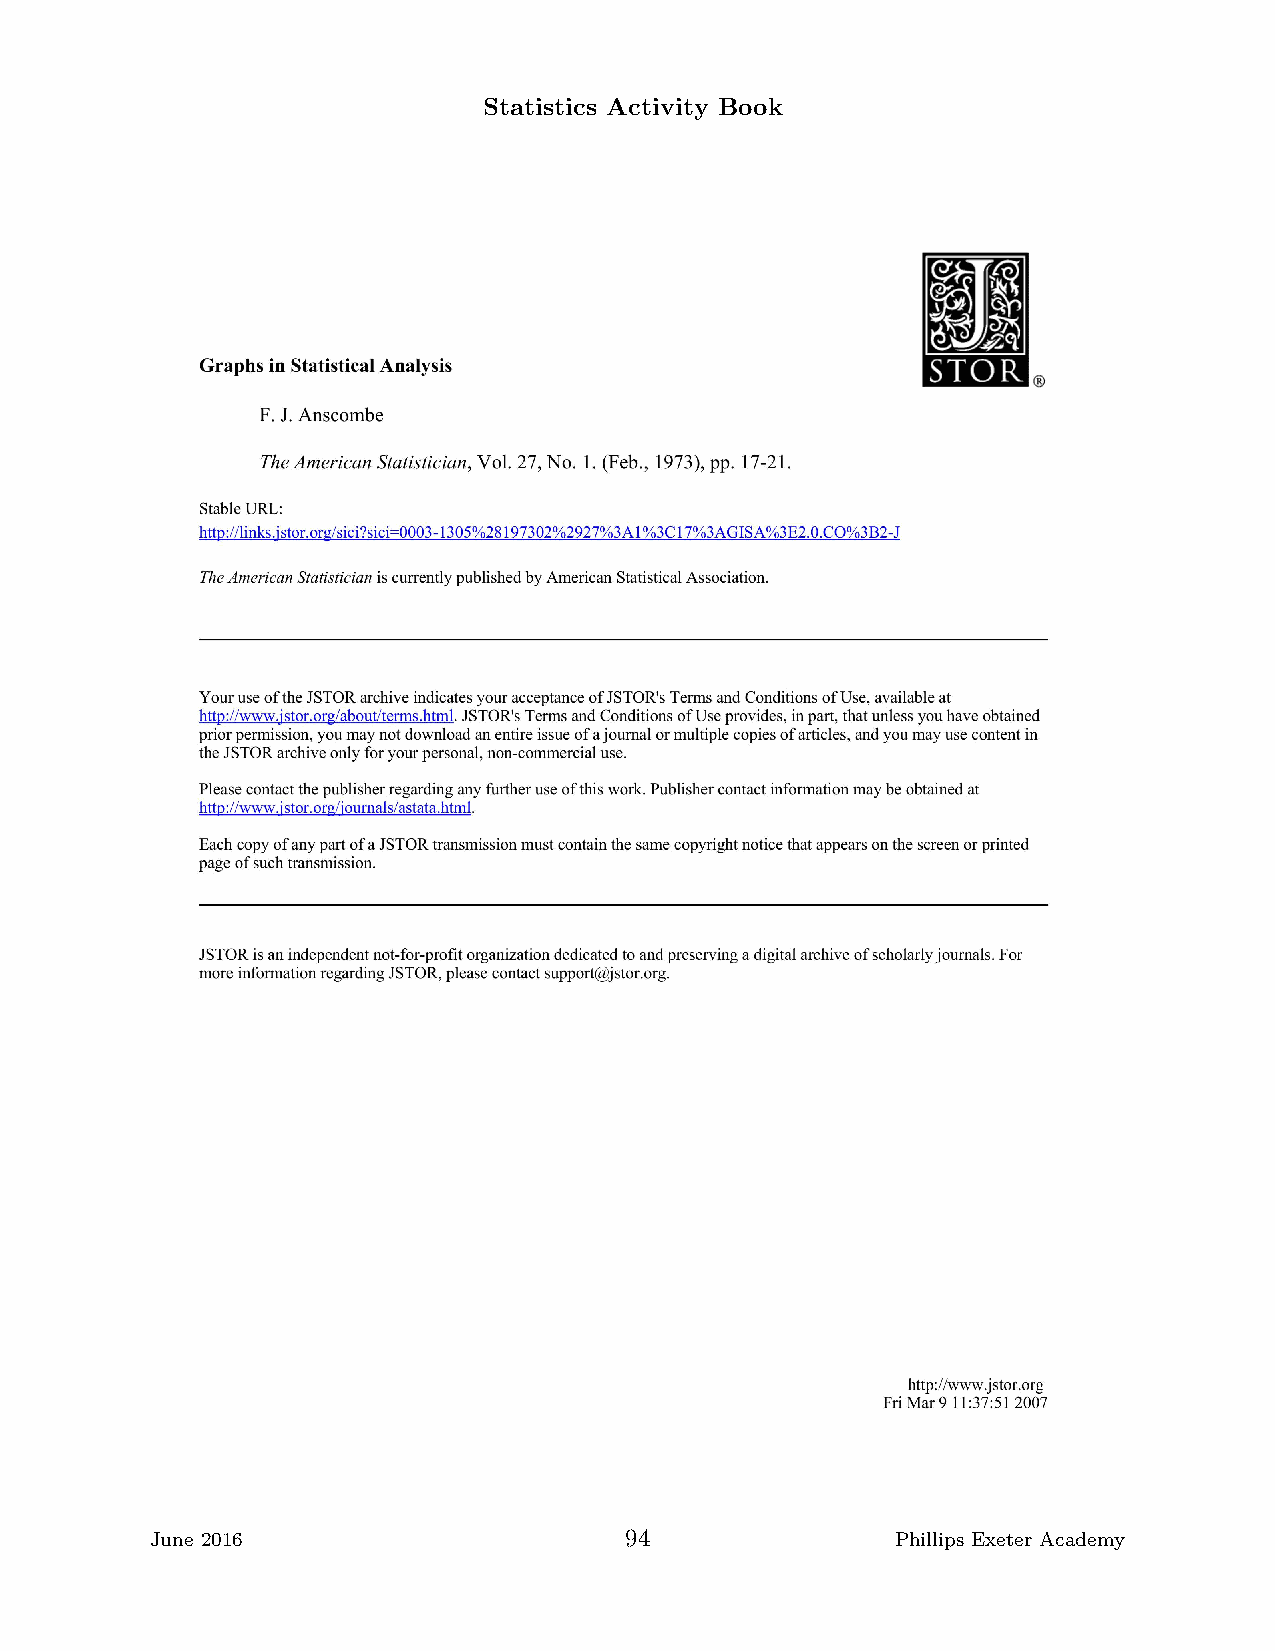
Statistics Activity Book
 June 2016                      94                Phillips Exeter Academy